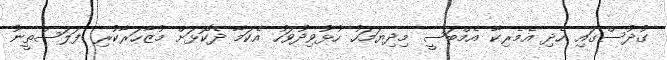
ގުދުސްގައި ހެދި އެމެރިކާ އެމްބަސީ މިދިޔަމަހު ހުޅުވިދުވަހު އެކަމާ ދެކޮޅަށް މުޒާހަރާކުރި ފަލަސްތީނު